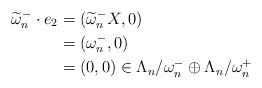
LaTeX: \begin{align*}\widetilde{\omega}^-_n \cdot e_2 & = (\widetilde{\omega}^-_n X, 0) \\& = ( \omega^-_n, 0) \\& = (0,0) \in \Lambda_n/ \omega^-_n \oplus \Lambda_n/ \omega^+_n\end{align*}